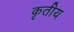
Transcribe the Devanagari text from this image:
कृतीय